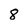
Character: 8